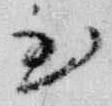
至